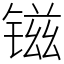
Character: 镃